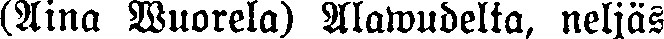
(Aino Wuorela) Alawudelta, neljäs